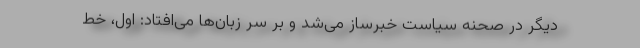
دیگر در صحنه سیاست خبرساز می‌شد و بر سر زبان‌ها می‌افتاد: اول، خط